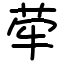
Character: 荦